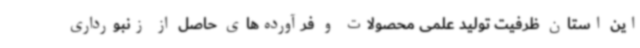
این استان ظرفیت تولید علمی محصولات و فرآورده‌های حاصل از زنبورداری